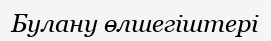
Булану өлшегіштері